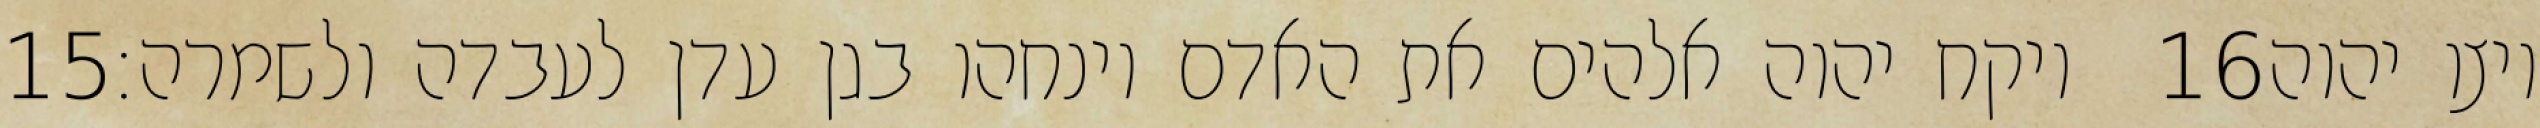
‎15‏ ויקח יהוה אלהים את האדם וינחהו בגן עדן לעבדה ולשמרה׃ ‎16‏ ויצו יהוה